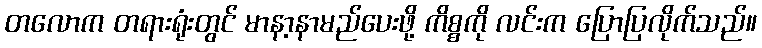
တလောက တရားရုံးတွင် မာနာ့နာမည်ပေးဖို့ ကိစ္စကို လင်းက ပြောပြလိုက်သည်။